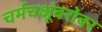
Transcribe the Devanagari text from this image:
चर्मचक्षूंबरोबर